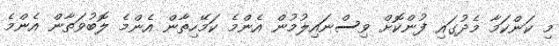
މި ކަންކަމާ މެދުގައި ފުންކޮށް ވިސްނައިލުމުން އެންމެ ކަމޭހިތާން އެންމެ ލޮބުވަތާން އެންމެ